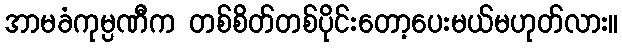
အာမခံကုမ္ပဏီက တစ်စိတ်တစ်ပိုင်းတော့ပေးမယ်မဟုတ်လား။